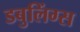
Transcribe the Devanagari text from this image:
डबुलिंग्स